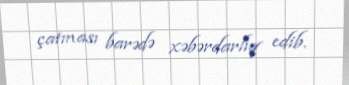
çatması barədə xəbərdarlıq edib.